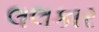
લલકાર